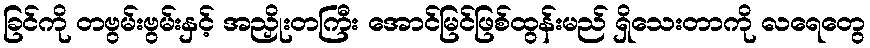
ခြင်ကို တဗွမ်းဗွမ်းနှင့် အညှိုးတကြီး အောင်မြင်ဖြစ်ထွန်းမည် ရှိသေးတာကို လရေတွေ